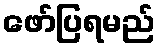
ဖော်ပြရမည်